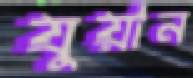
যুয়ান